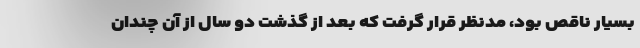
بسیار ناقص بود، مدنظر قرار گرفت که بعد از گذشت دو سال از آن چندان